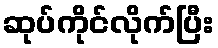
ဆုပ်ကိုင်လိုက်ပြီး